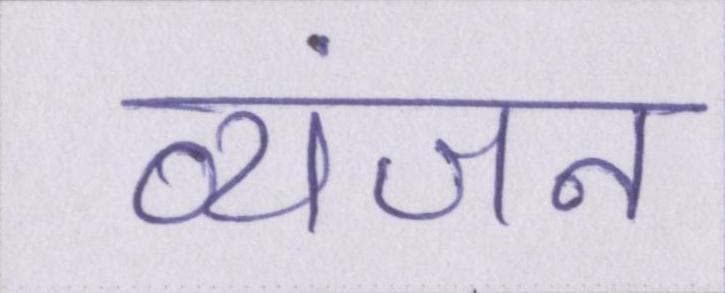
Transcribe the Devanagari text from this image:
व्यंजन